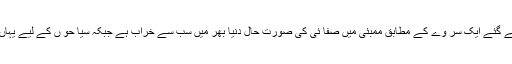
دنیا کے چا لیس مشہو ر شہر وں میں صفا ئی اور ما حولیا ت کے حوالے سے کر ائے گئے ایک سر وے کے مطابق ممبئی میں صفا ئی کی صورت حال دنیا بھر میں سب سے خراب ہے جبکہ سیا حو ں کے لیے یہاں گھو منے پھر نے اور پبلک ٹرانسپورٹ کی سہو لیا ت بھی نہا یت غیرمعیاری ہیں ۔